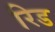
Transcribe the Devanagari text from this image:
रिड